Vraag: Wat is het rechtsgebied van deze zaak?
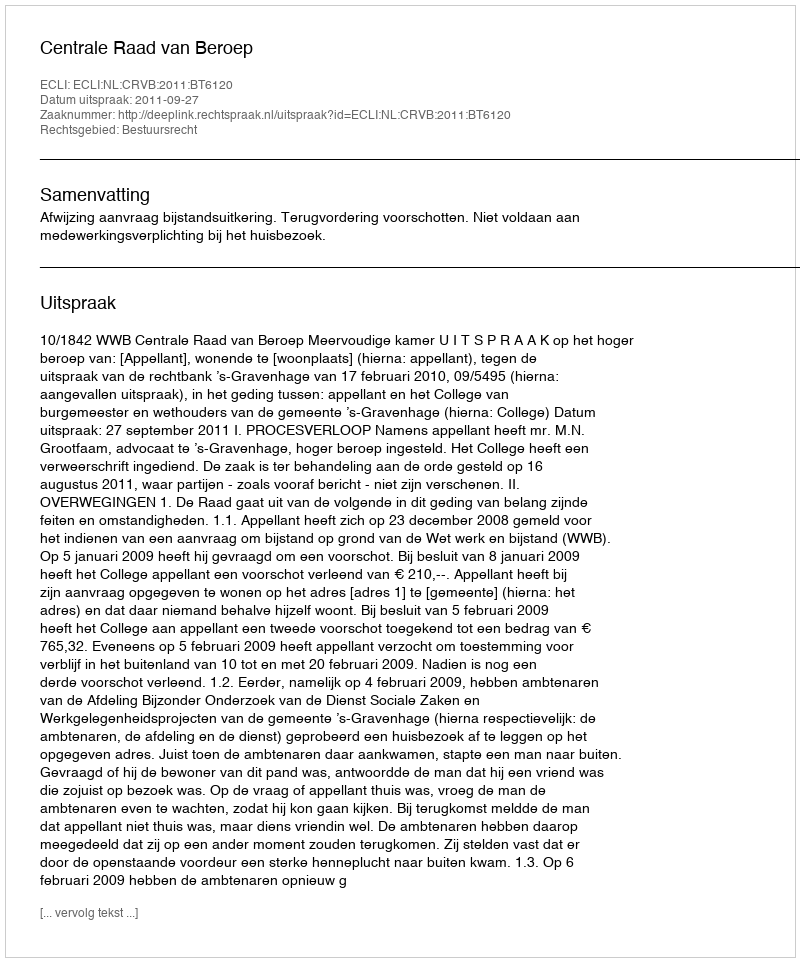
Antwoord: Bestuursrecht